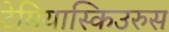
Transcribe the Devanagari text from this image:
टेमियास्किउरुस